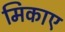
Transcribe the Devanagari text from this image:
मिकाए